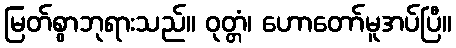
မြတ်စွာဘုရားသည်။ ဝုတ္တံ၊ ဟောတော်မူအပ်ပြီ။